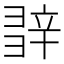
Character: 𨐕